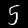
Digit: 5